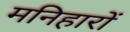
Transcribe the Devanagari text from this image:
मनिहारों